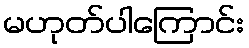
မဟုတ်ပါကြောင်း